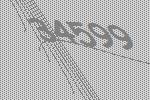
34599